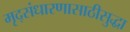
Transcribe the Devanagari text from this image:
मृद्संधारणासाठीसुद्धा